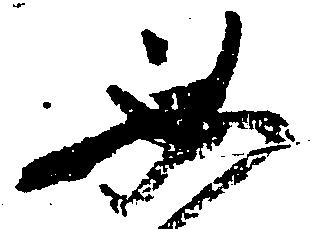
必